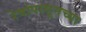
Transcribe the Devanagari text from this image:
रेषांपासूनच्या